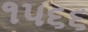
૧૫૬૬